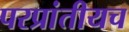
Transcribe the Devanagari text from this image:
परप्रांतीयच